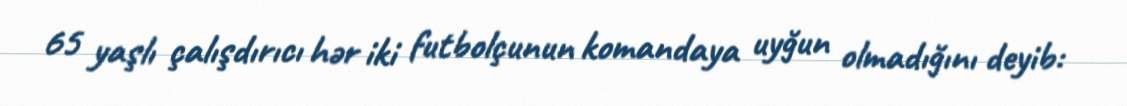
65 yaşlı çalışdırıcı hər iki futbolçunun komandaya uyğun olmadığını deyib: